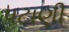
પટાણી